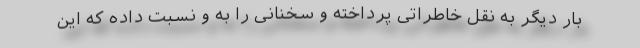
بار دیگر به نقل خاطراتی پرداخته و سخنانی را به و نسبت داده که این